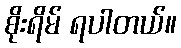
စိုးရိမ် ရပါတယ်။